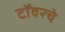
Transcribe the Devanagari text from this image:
टॉवरचे